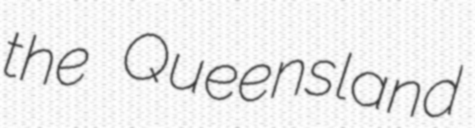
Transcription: the Queensland